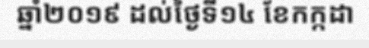
ឆ្នាំ២០១៩ ដល់ថ្ងៃទី១៤ ខែកក្កដា